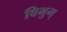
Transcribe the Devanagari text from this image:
विभुम्